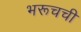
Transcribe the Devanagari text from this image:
भरूचची